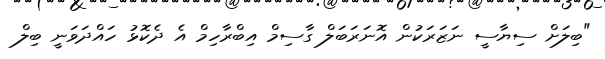
"ބިލަށް ސިޔާސީ ނަޒަރަކުން އޮނަރަބަލް ގާސިމް އިބްރާހިމް އެ ދެކޮޅު ހައްދަވަނީ ބިލް